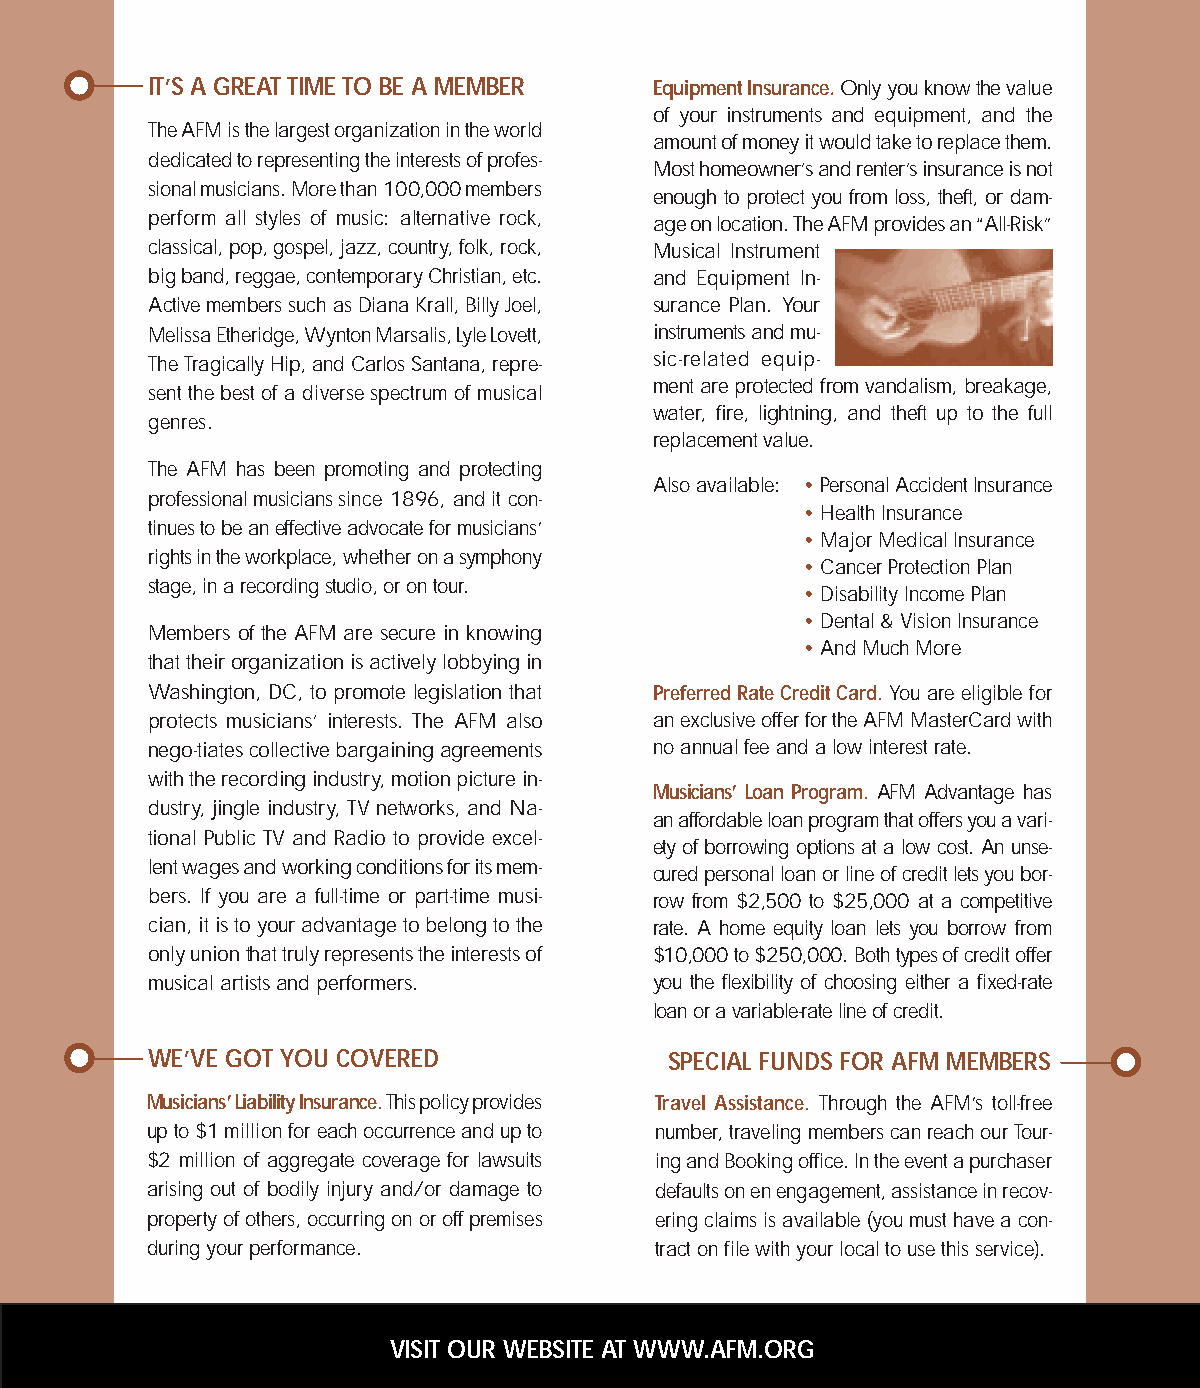
IT’S A GREAT TIME TO BE A MEMBER Equipment Insurance. Only you know the value
 of your instruments and equipment, and the
 The AFM is the largest organization in the world
 amount of money it would take to replace them.
 dedicated to representing the interests of profes-
 Most homeowner’s and renter’s insurance is not
 sional musicians. More than 100,000 members
 enough to protect you from loss, theft, or dam-
 perform all styles of music: alternative rock, age on location. The AFM provides an “All-Risk”
 classical, pop, gospel, jazz, country, folk, rock, Musical Instrument
 big band, reggae, contemporary Christian, etc. and Equipment In-
 Active members such as Diana Krall, Billy Joel, surance Plan. Your
 Melissa Etheridge, Wynton Marsalis, Lyle Lovett, instruments and mu-
 The Tragically Hip, and Carlos Santana, repre- sic-related equip-
 ment are protected from vandalism, breakage,
 sent the best of a diverse spectrum of musical
 water, fire, lightning, and theft up to the full
 genres.
 replacement value.
 The AFM has been promoting and protecting
 Also available: • Personal Accident Insurance
 professional musicians since 1896, and it con-
 • Health Insurance
 tinues to be an effective advocate for musicians’
 • Major Medical Insurance
 rights in the workplace, whether on a symphony
 • Cancer Protection Plan
 stage, in a recording studio, or on tour.
 • Disability Income Plan
 • Dental & Vision Insurance
 Members of the AFM are secure in knowing
 • And Much More
 that their organization is actively lobbying in
 Washington, DC, to promote legislation that Preferred Rate Credit Card. You are eligible for
 protects musicians’ interests. The AFM also an exclusive offer for the AFM MasterCard with
 nego-tiates collective bargaining agreements no annual fee and a low interest rate.
 with the recording industry, motion picture in-
 Musicians’ Loan Program. AFM Advantage has
 dustry, jingle industry, TV networks, and Na-
 an affordable loan program that offers you a vari-
 tional Public TV and Radio to provide excel-
 ety of borrowing options at a low cost. An unse-
 lent wages and working conditions for its mem-
 cured personal loan or line of credit lets you bor-
 bers. If you are a full-time or part-time musi- row from $2,500 to $25,000 at a competitive
 cian, it is to your advantage to belong to the rate. A home equity loan lets you borrow from
 only union that truly represents the interests of $10,000 to $250,000. Both types of credit offer
 musical artists and performers.  you the flexibility of choosing either a fixed-rate
 loan or a variable-rate line of credit.
 WE’VE GOT YOU COVERED             SPECIAL FUNDS FOR AFM MEMBERS
 Musicians’ Liability Insurance. This policy provides Travel Assistance. Through the AFM’s toll-free
 up to $1 million for each occurrence and up to number, traveling members can reach our Tour-
 $2 million of aggregate coverage for lawsuits ing and Booking office. In the event a purchaser
 arising out of bodily injury and/or damage to defaults on en engagement, assistance in recov-
 property of others, occurring on or off premises ering claims is available (you must have a con-
 during your performance.         tract on file with your local to use this service).
 VISIT OUR WEBSITE AT WWW.AFM.ORG